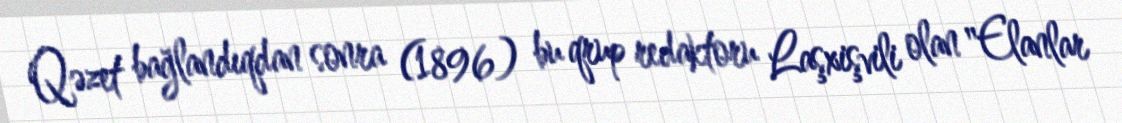
Qəzet bağlandıqdan sonra (1896) bu qrup redaktoru Laşxişvili olan "Elanlar